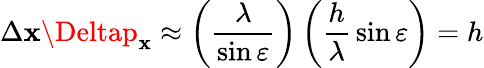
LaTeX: \Delta\mathbf{x}\Deltap_{\mathbf{x}}\approx\left({\frac{{\lambda}}{{\sin\varepsilon}}}\right)\left({\frac{{h}}{{\lambda}}}\sin\varepsilon\right)=h